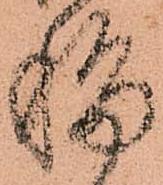
移